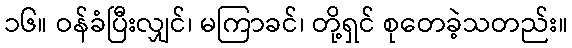
၁၆။ ဝန်ခံပြီးလျှင်၊ မကြာခင်၊ တို့ရှင် စုတေခဲ့သတည်း။